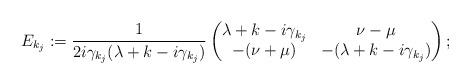
LaTeX: \begin{align*} E_{k_j}:= \frac{1}{2i \gamma_{k_j}(\lambda + k - i\gamma_{k_j})} \begin{pmatrix} \lambda + k - i\gamma_{k_j} & \nu-\mu \\ -(\nu + \mu) & -(\lambda + k - i\gamma_{k_j}) \end{pmatrix};\end{align*}